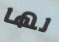
لها